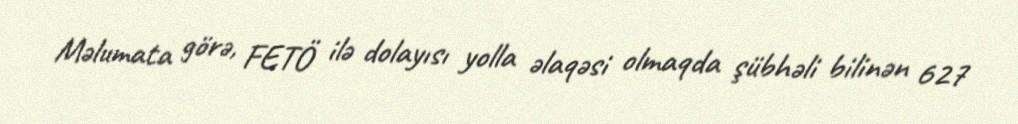
Məlumata görə, FETÖ ilə dolayısı yolla əlaqəsi olmaqda şübhəli bilinən 627